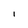
Character: 1